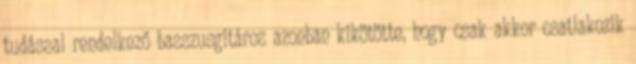
tudással rendelkező basszusgitáros azonban kikötötte, hogy csak akkor csatlakozik